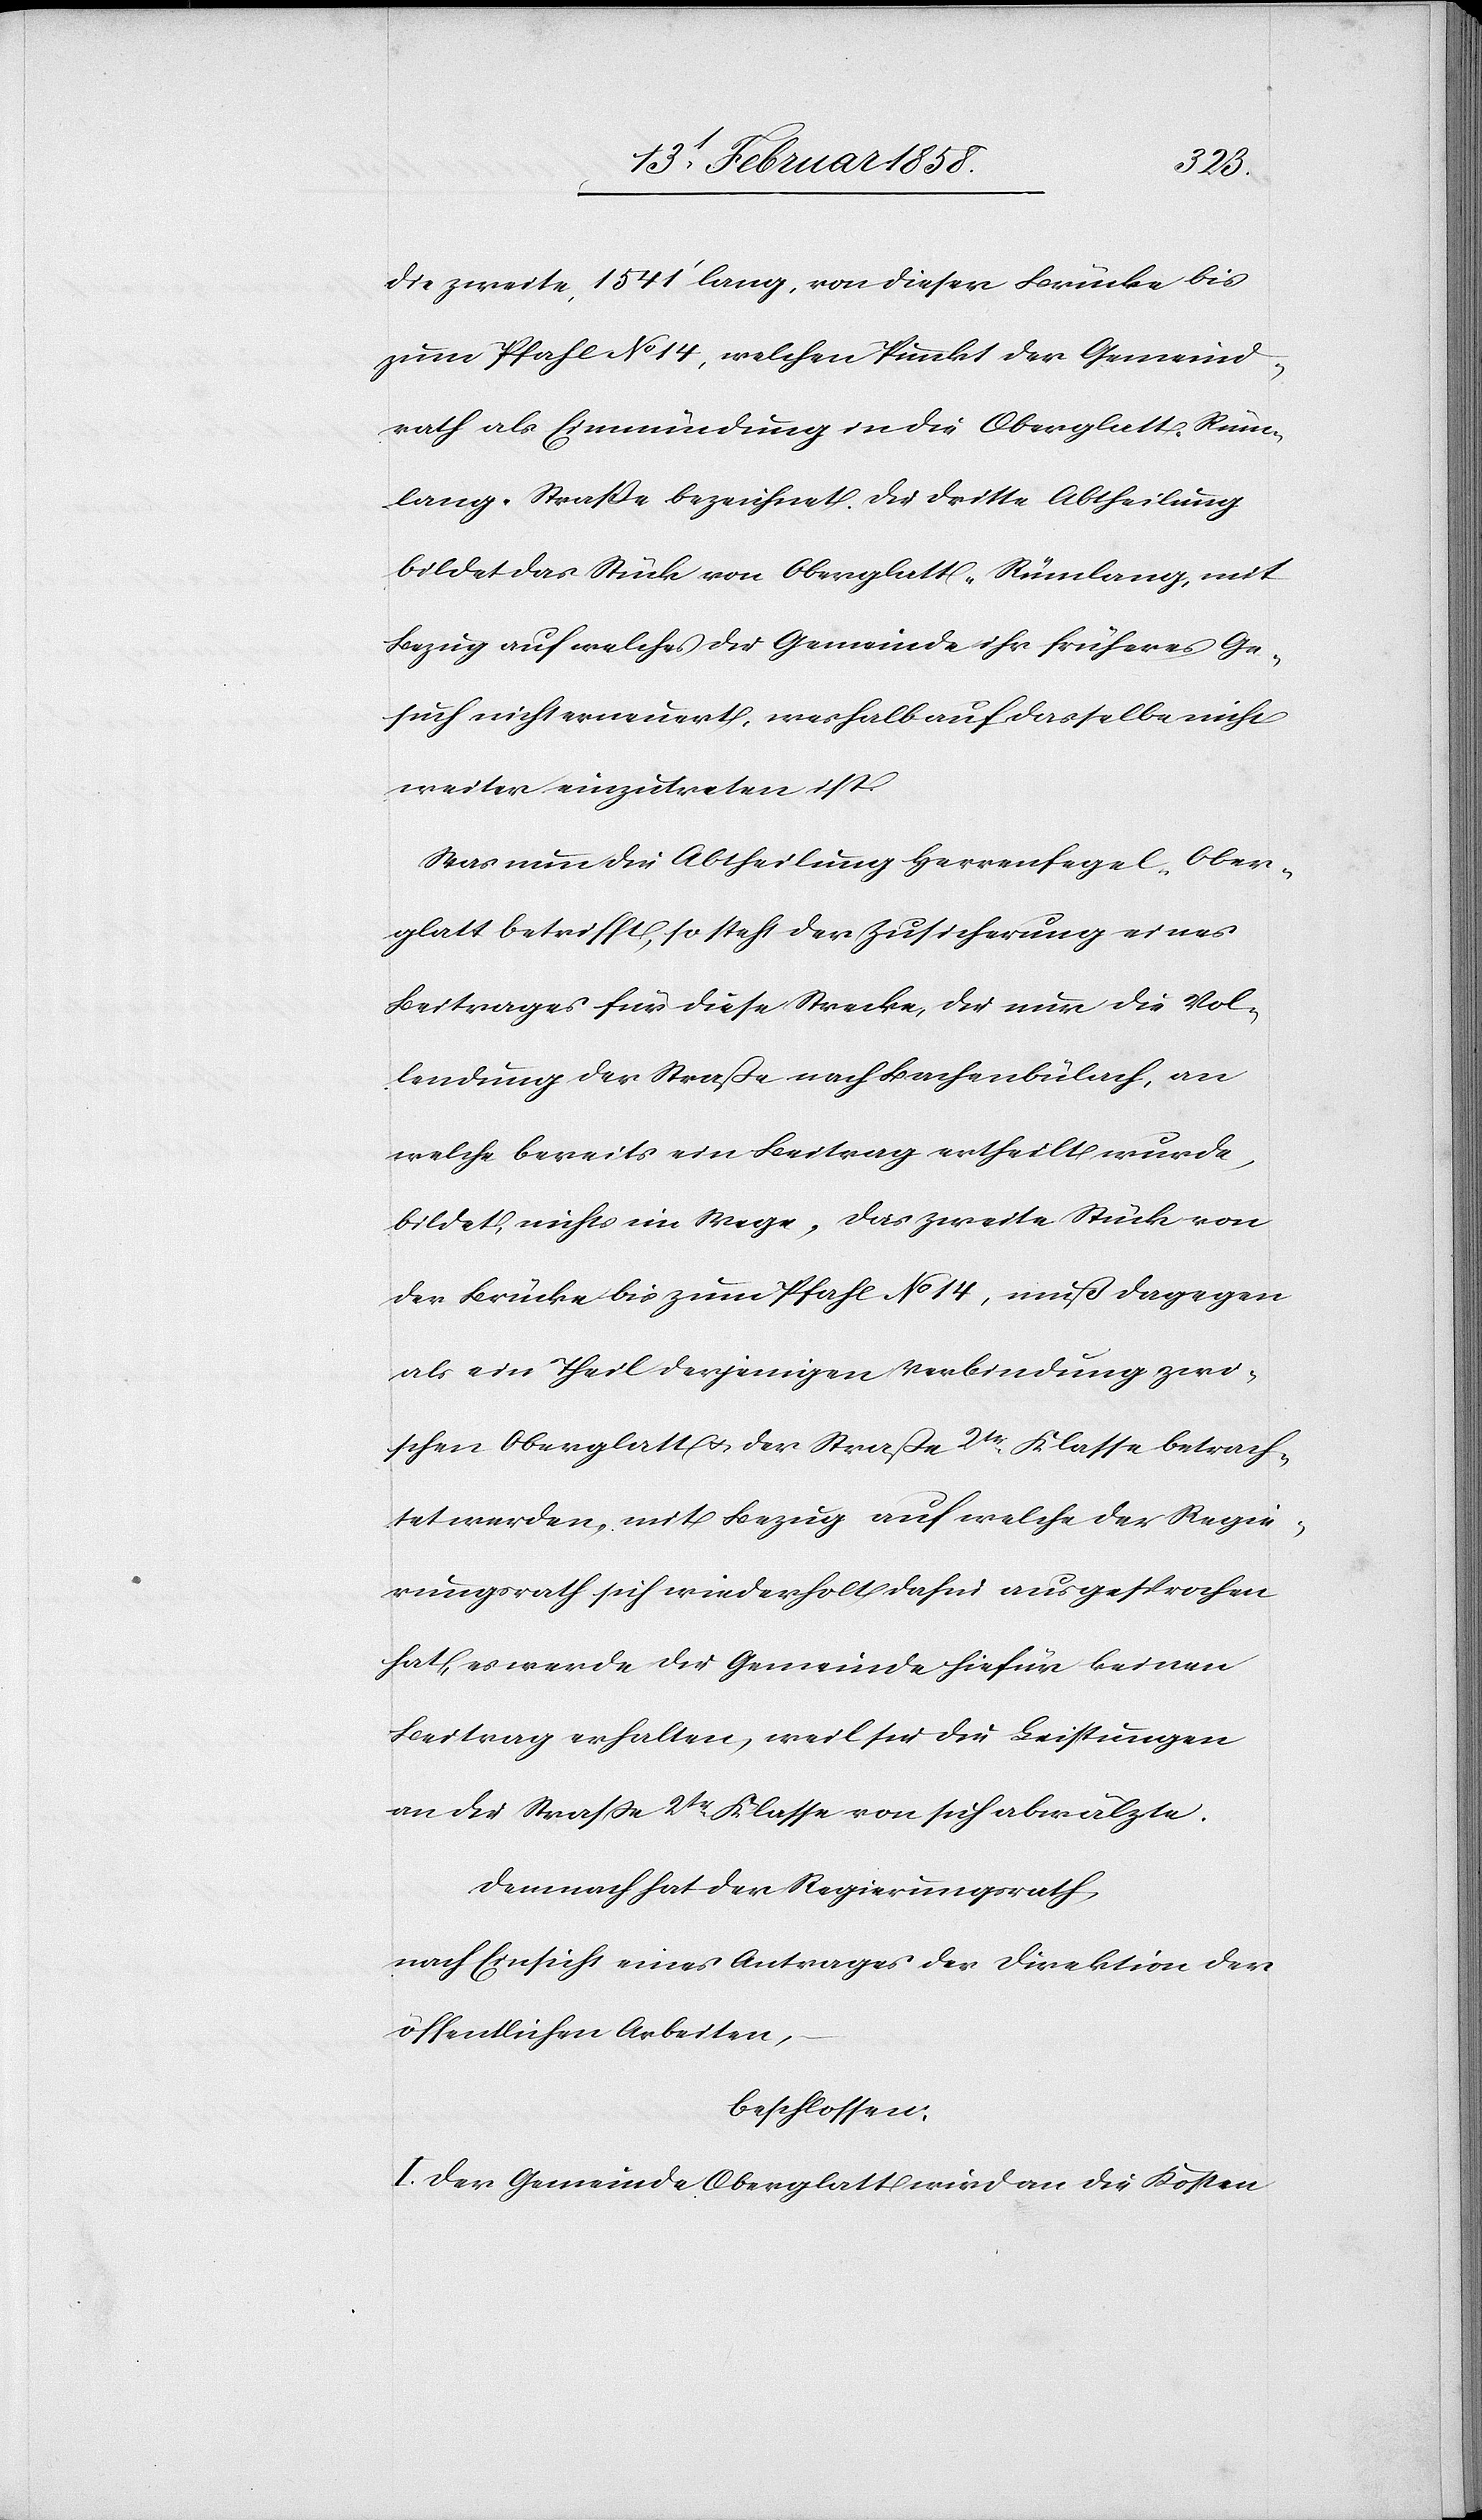
die zweite, 1541’ lang, von dieser Brücke bis
zum Pfahl No 14, welchen Punkt der Gemeind¬
rath als Einmündung in die Oberglatt-Rüm¬
lang-Straße bezeichnet. Die dritte Abtheilung
bildet das Stück von Oberglatt-Rümlang, mit
Bezug auf welches die Gemeinde ihr früheres Ge¬
such nicht erneuert, weshalb auf dasselbe nicht
weiter einzutreten ist.
Was nun die Abtheilung Herrenfegel-Ober¬
glatt betrifft, so steht der Zusicherung eines
Beitrages für diese Strecke, die nur die Vol¬
lendung der Straße nach Bachenbülach, an
welche bereits ein Beitrag ertheilt wurde,
bildet, nichts im Wege, das zweite Stück von
der Brücke bis zum Pfahl No 14, muß dagegen
als ein Theil derjenigen Verbindung zwi¬
schen Oberglatt u. der Straße 2tr Klasse betrach¬
tet werden, mit Bezug auf welche der Regie¬
rungsrath sich wiederholt dahin ausgesprochen
hat, es werde die Gemeinde hiefür keinen
Beitrag erhalten, weil sie die Leistungen
an die Straße 2tr Klasse von sich abwälzte.
Demnach hat der Regierungsrath,
nach Einsicht eines Antrages der Direktion der
öffentlichen Arbeiten,
beschlossen:
I. Der Gemeinde Oberglatt wird an die Kosten